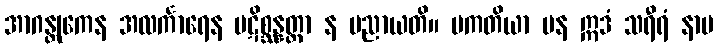
အာဂန္တုကေန အလင်္ကာရေန ပဋိစ္ဆန္နတ္တာ န ပညာယတိ။ ပကတိယာ ပန ဣဒံ သရီရံ နာမ